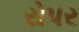
રોપર